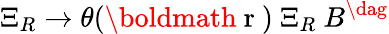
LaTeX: \Xi_{R}\rightarrow\theta(\mathrm{\boldmath~r~})~\Xi_{R}~B^{\dag}